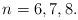
LaTeX: \begin{align*}n = 6, 7, 8.\end{align*}